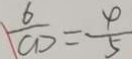
\frac { 6 } { C D } = \frac { \varphi } { 5 }